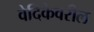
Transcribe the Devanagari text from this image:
वेदिकेवरील